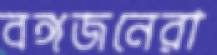
বঙ্গজনেরা